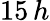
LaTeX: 15\, h